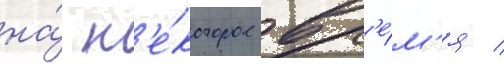
на́ н'е́которое вр'е́м'я /